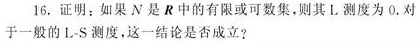
16. 证明：如果$N$是$\boldsymbol{R}$中的有限或可数集，则其L - 测度为 0.